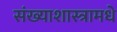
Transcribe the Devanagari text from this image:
संख्याशास्त्रामधे